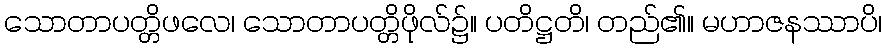
သောတာပတ္တိဖလေ၊ သောတာပတ္တိဖိုလ်၌။ ပတိဋ္ဌတိ၊ တည်၏။ မဟာဇနဿာပိ၊